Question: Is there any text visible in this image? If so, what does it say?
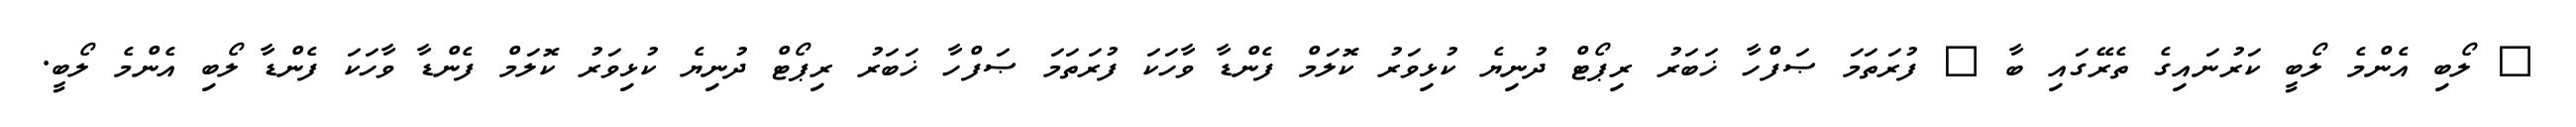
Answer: ? ލޯބި އެންމެ ލޯބީ ކަރުނައިގެ ތެރޭގައި ބާ ? ފުރަތަމަ ޞަފްހާ ޚަބަރު ރިޕޯޓް ދުނިޔެ ކުޅިވަރު ކޮލަމް ފެންޑާ ވާހަކަ ފުރަތަމަ ޞަފްހާ ޚަބަރު ރިޕޯޓް ދުނިޔެ ކުޅިވަރު ކޮލަމް ފެންޑާ ވާހަކަ ފެންޑާ ލޯބި އެންމެ ލޯބީ.